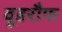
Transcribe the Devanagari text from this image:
वूडरौफ